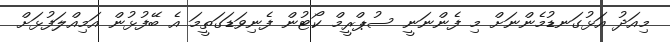
މިއަދު އަޅުގަނޑުމެންނަށް މި ފެންނަނީ ސުޕްރީމް ކޯޓުން ފެނިވަޑަގަތީމަ އެ ބޭފުޅުން އަމިއްލަފުޅަށް